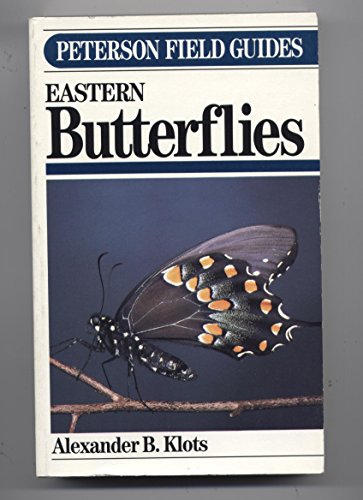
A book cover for Field Guide to the Butterflies of North America: East of the Great Plains (Peterson Field Guides); Alexander Barrett Klots; Sports & Outdoors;